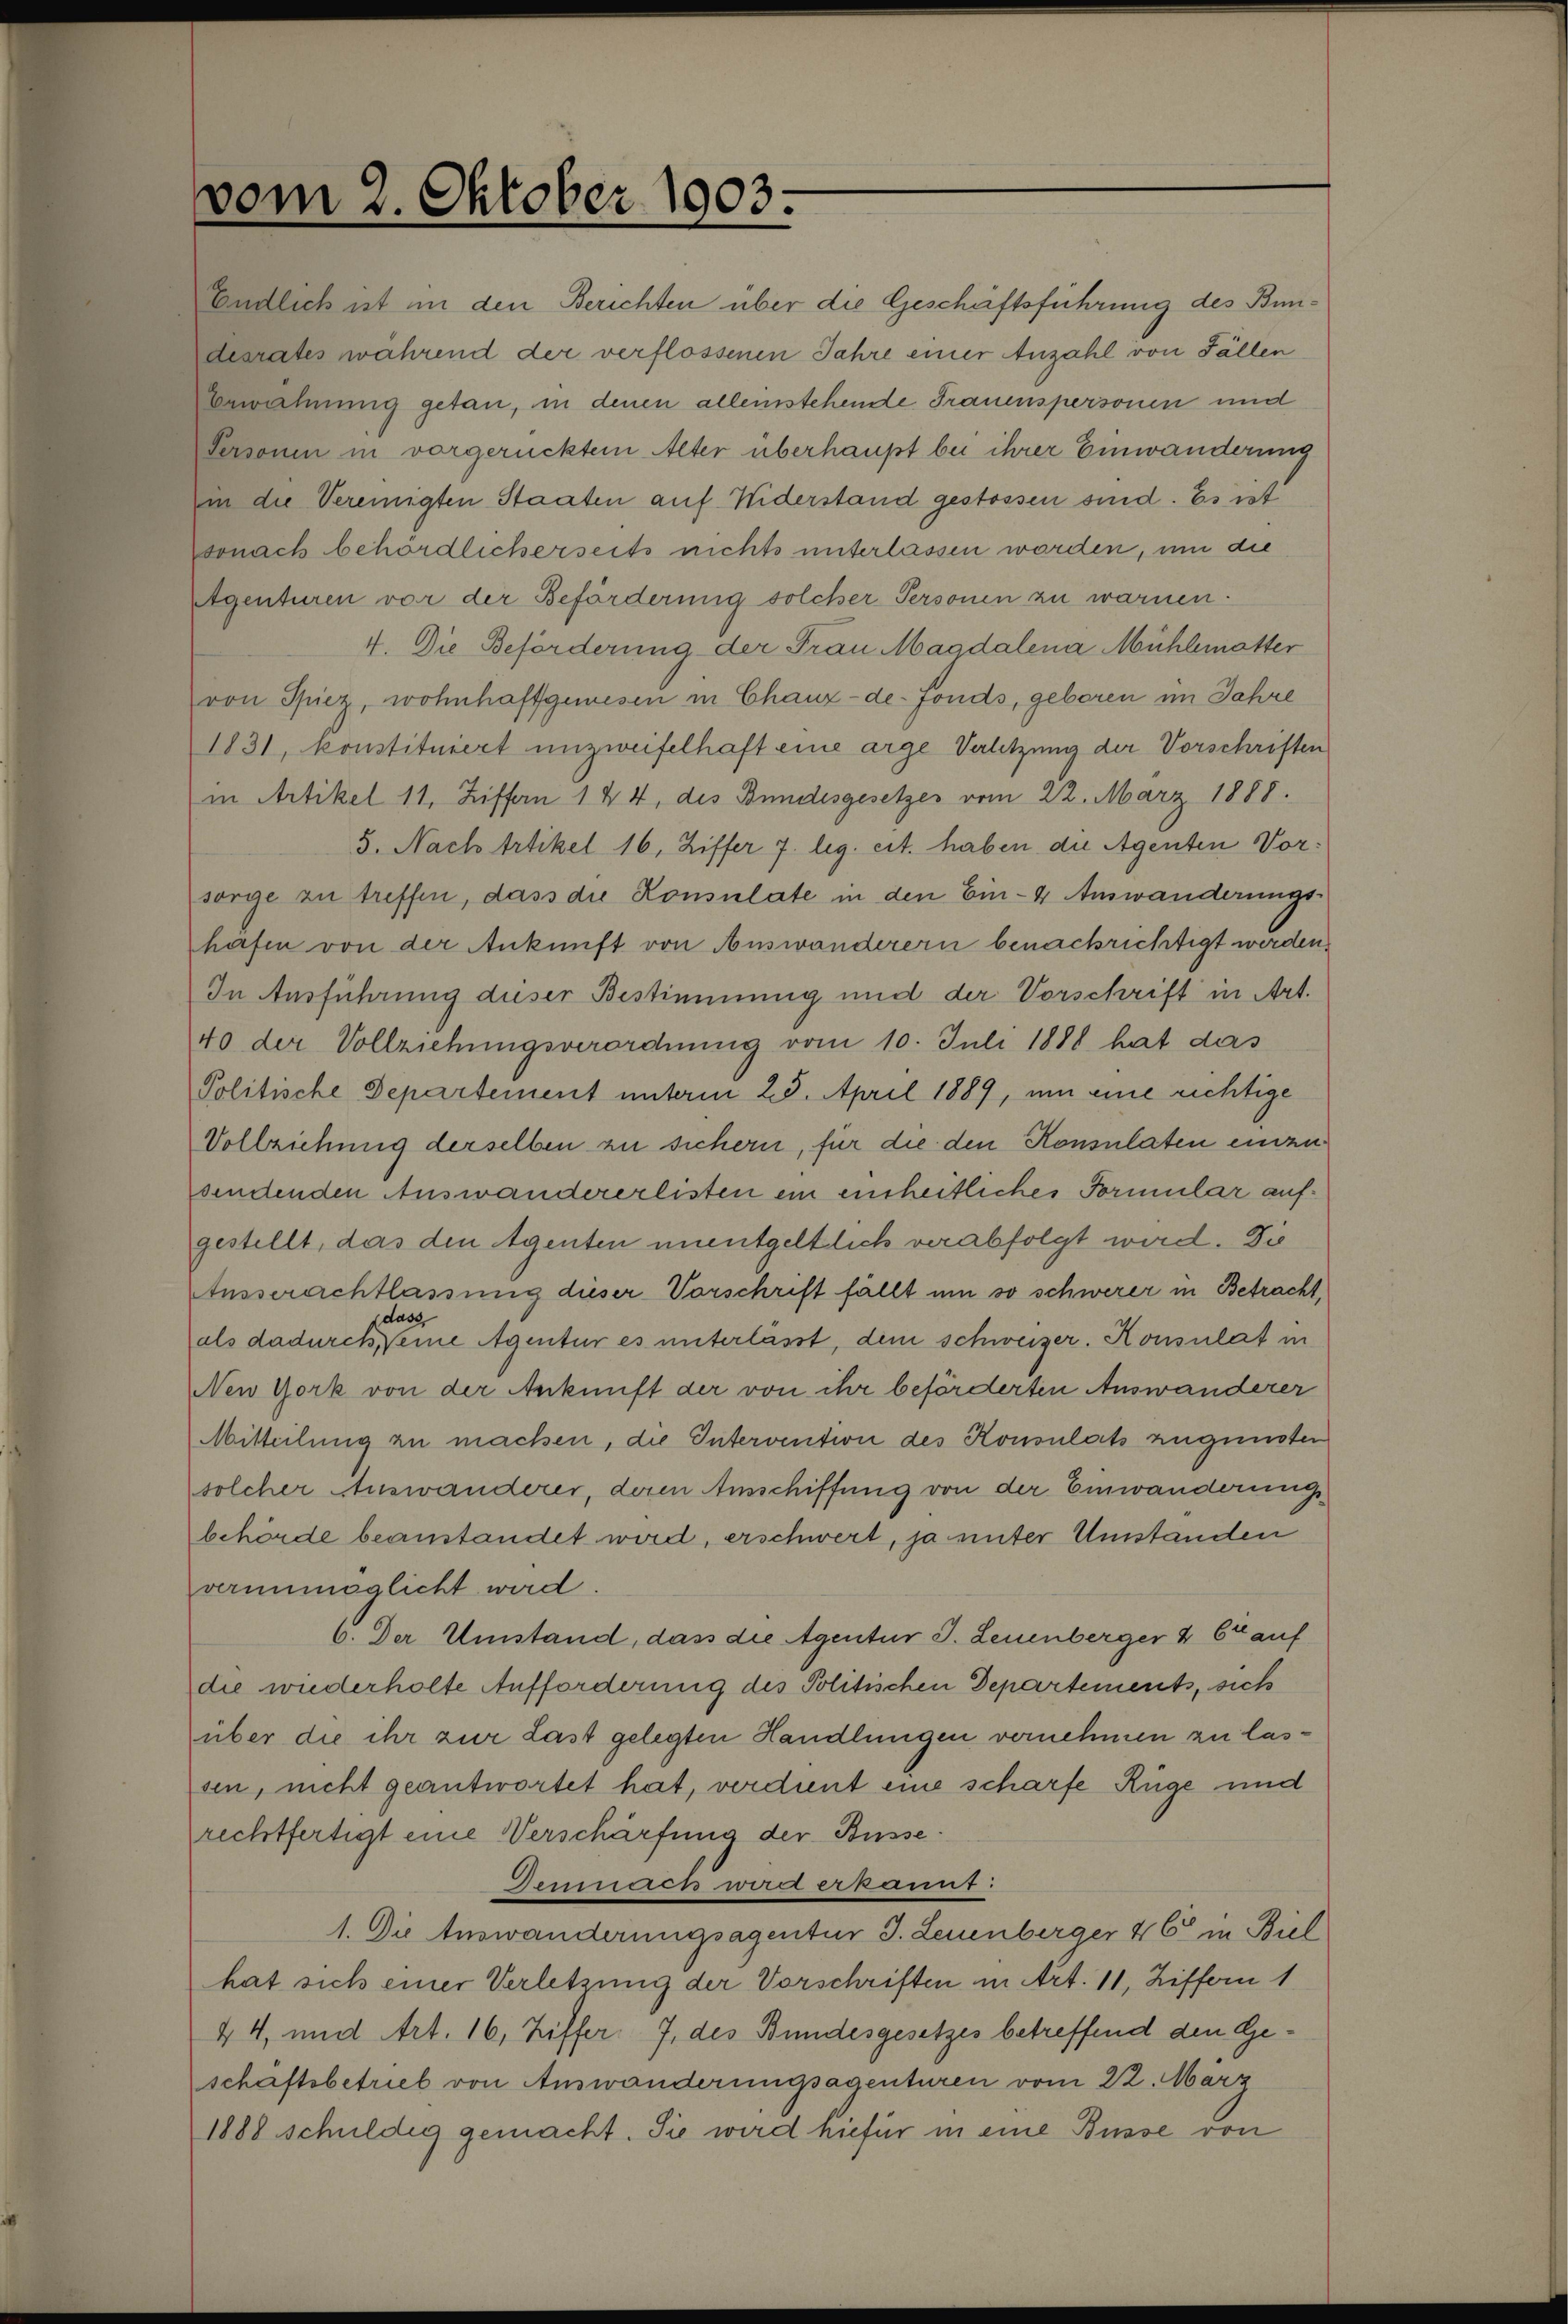
vom 2. Oktober 1903.
Endlich ist in den Berichten über die Geschäftsführung des Bun¬
desrates während der verflossenen Jahre einer Anzahl von Fällen
Erwähnung getan, in denen alleinstehende Frauenspersonen und
Personen in vorgerücktem Alter überhaupt bei ihrer Einwanderung
in die Vereinigten Staaten auf Widerstand gestossen sind. Es ist
sonach behördlicherseits nichts unterlassen worden, um die
Agenturen vor der Beförderung solcher Personen zu warnen.
4. Die Beförderung der Frau Magdalena Mühlematter
von Spiez, wohnhaftǀgewesen in Chaux-de-fonds, geboren im Jahre
1831, konstituiert unzweifelhaft eine arge Verletzung der Vorschriften
in Artikel 11, Ziffer 1 & 4, des Bundesgesetzes vom 22. März 1888.
5. Nach Artikel 16, Ziffer 7 leg. cit. haben die Agenten Vor¬
sorge zu treffen, dass die Konsulate in den Ein- & Auswanderungs¬
häfen von der Ankunft von Auswanderern benachtrichtigt werden.
In Ausführung dieser Bestimmung und der Vorschrift in Art.
40 der Vollziehungsverordnung vom 10. Juli 1888 hat das
Politische Departement unterm 25. April 1889, um eine richtige
Vollziehung derselben zu sichern, für die den Konsulaten einzu¬
sendenden Auswandererlisten ein einheitliches Formular auf¬
gestellt, das den Agenten unentgeltlich verabfolgt wird. Die
Ausserachtlassung dieser Vorschrift fällt um so schwerer in Betracht,
als dadurch, dass eine Agentur es unterlässt, dem schweizer. Konsulat in
New York von der Ankunft der von ihr beförderten Auswanderer
Mitteilung zu machen, die Intervention des Konsulats zugunsten
solcher Auswanderer, deren Ausschiffung von der Einwanderungs¬
behörde beanstandet wird, erschwert, ja unter Umständen
verunmöglicht wird.
6. Der Umstand, dass die Agentur J. Leuenberger & Cie auf
die wiederholte Aufforderung des Politischen Departements, sich
über die ihr zur Last gelegten Handlungen vernehmen zu las¬
sen, nicht geantwortet hat, verdient eine scharfe Rüge und
rechtfertigt eine Verschärfung der Busse.
Demnach wird erkannt:
1. Die Auswanderungsagentur J. Leuenberger & Cie in Biel
hat sich einer Verletzung der Vorschriften in Art 11, Ziffern 1
& 4, und Art. 16, Ziffer 7, des Bundesgesetzes betreffend den Ge¬
schäftsbetrieb von Auswanderungsagenturen vom 22. März
1888 schuldig gemacht. Sie wird hiefür in eine Busse von